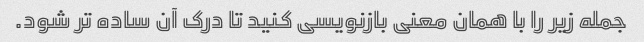
جمله زیر را با همان معنی بازنویسی کنید تا درک آن ساده تر شود.